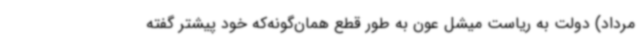
مرداد) دولت به ریاست میشل عون به طور قطع همان‌گونه‌که خود پیشتر گفته